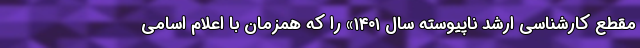
مقطع کارشناسی ارشد ناپیوسته سال ۱۴۰۱» را که همزمان با اعلام اسامی